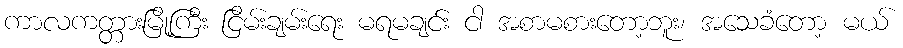
ကာလကတ္တားမြို့ကြီး ငြိမ်းချမ်းရေး မရမချင်း ငါ အစာမစားတော့ဘူး၊ အသေခံတော့ မယ်